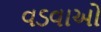
વડવાઓ